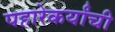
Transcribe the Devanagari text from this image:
पहारेकर्यांची